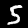
Digit: 5